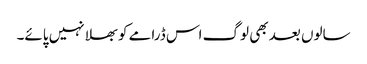
سالوں بعد بھی لوگ اس ڈرامے کو بھلا نہیں پائے۔